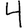
Digit: 4